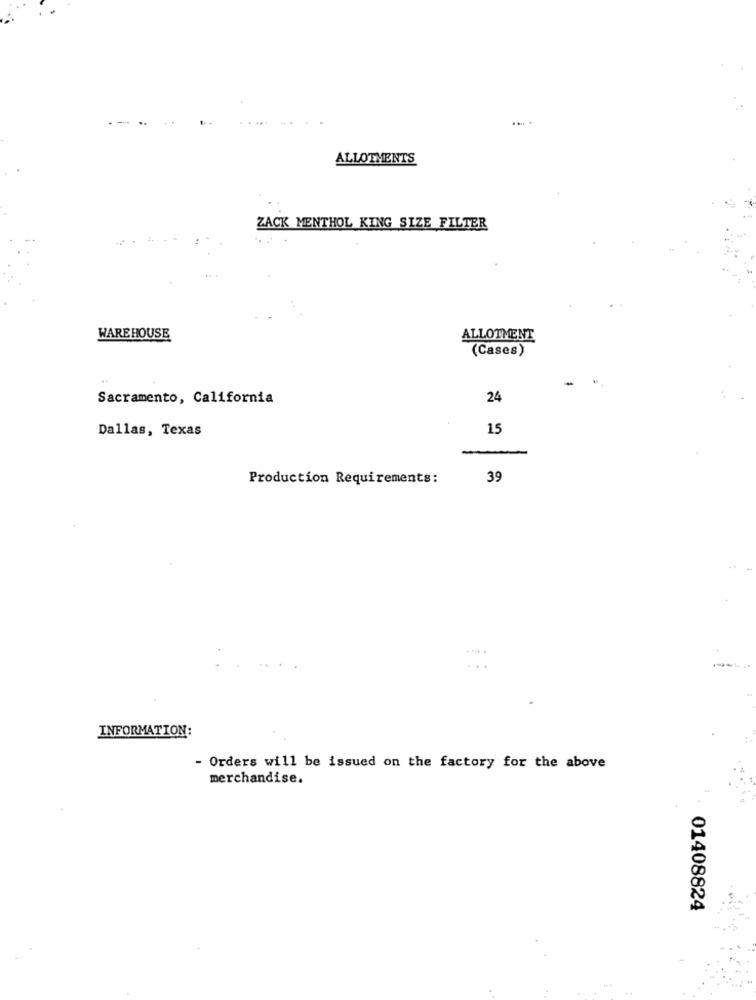
. ...
ALLOTMENTS
ZACK MENTHOL KING SIZE FILTER
WAREHOUSE
ALLOTMENT
(Cases)
Sacramento, California
24
Dallas, Texas
15
Production Requirements:
39
INFORMATION:
- Orders will be issued on the factory for the above
merchandise.
01408824